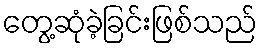
တွေ့ဆုံခဲ့ခြင်းဖြစ်သည်